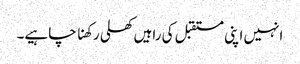
انہیں اپنی مستقبل کی راہیں کھلی رکھنا چاہیے۔